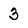
Character: 3